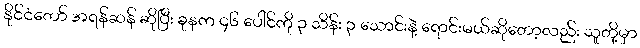
နိုင်ငံတော် အရန်ဆန် ဆိုပြီး ခုနက ၄၆ ပေါင်ကို ၃ သိန်း ၃ သောင်းနဲ့ ရောင်းမယ်ဆိုတော့လည်း သူတို့မှာ